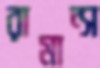
রামান্স